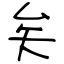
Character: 矣